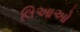
લિઆઓ